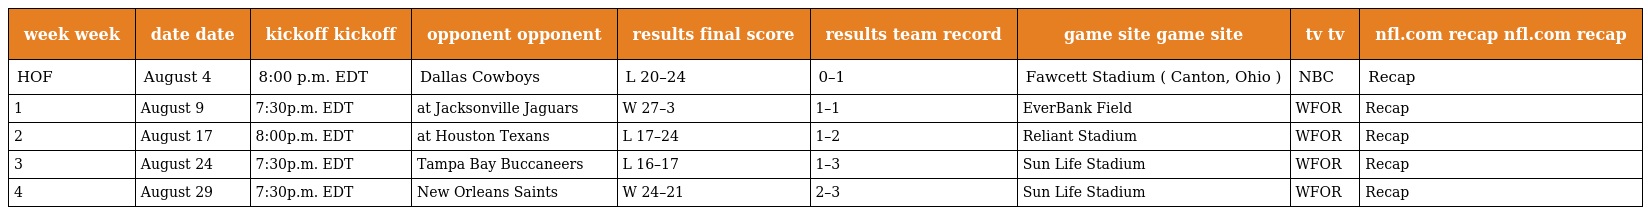
| week week | date date | kickoff kickoff | opponent opponent | results final score | results team record | game site game site | tv tv | nfl.com recap nfl.com recap |
 | --- | --- | --- | --- | --- | --- | --- | --- | --- |
 | HOF | August 4 | 8:00 p.m. EDT | Dallas Cowboys | L 20–24 | 0–1 | Fawcett Stadium ( Canton, Ohio ) | NBC | Recap |
 | 1 | August 9 | 7:30p.m. EDT | at Jacksonville Jaguars | W 27–3 | 1–1 | EverBank Field | WFOR | Recap |
 | 2 | August 17 | 8:00p.m. EDT | at Houston Texans | L 17–24 | 1–2 | Reliant Stadium | WFOR | Recap |
 | 3 | August 24 | 7:30p.m. EDT | Tampa Bay Buccaneers | L 16–17 | 1–3 | Sun Life Stadium | WFOR | Recap |
 | 4 | August 29 | 7:30p.m. EDT | New Orleans Saints | W 24–21 | 2–3 | Sun Life Stadium | WFOR | Recap |